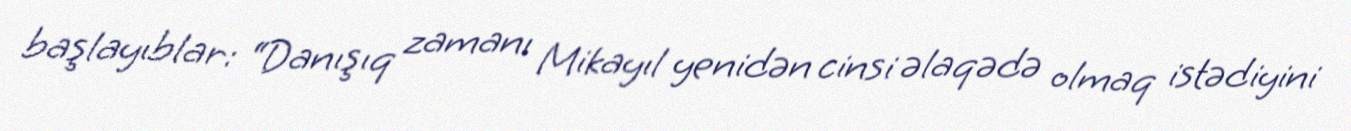
başlayıblar: “Danışıq zamanı Mikayıl yenidən cinsi əlaqədə olmaq istədiyini